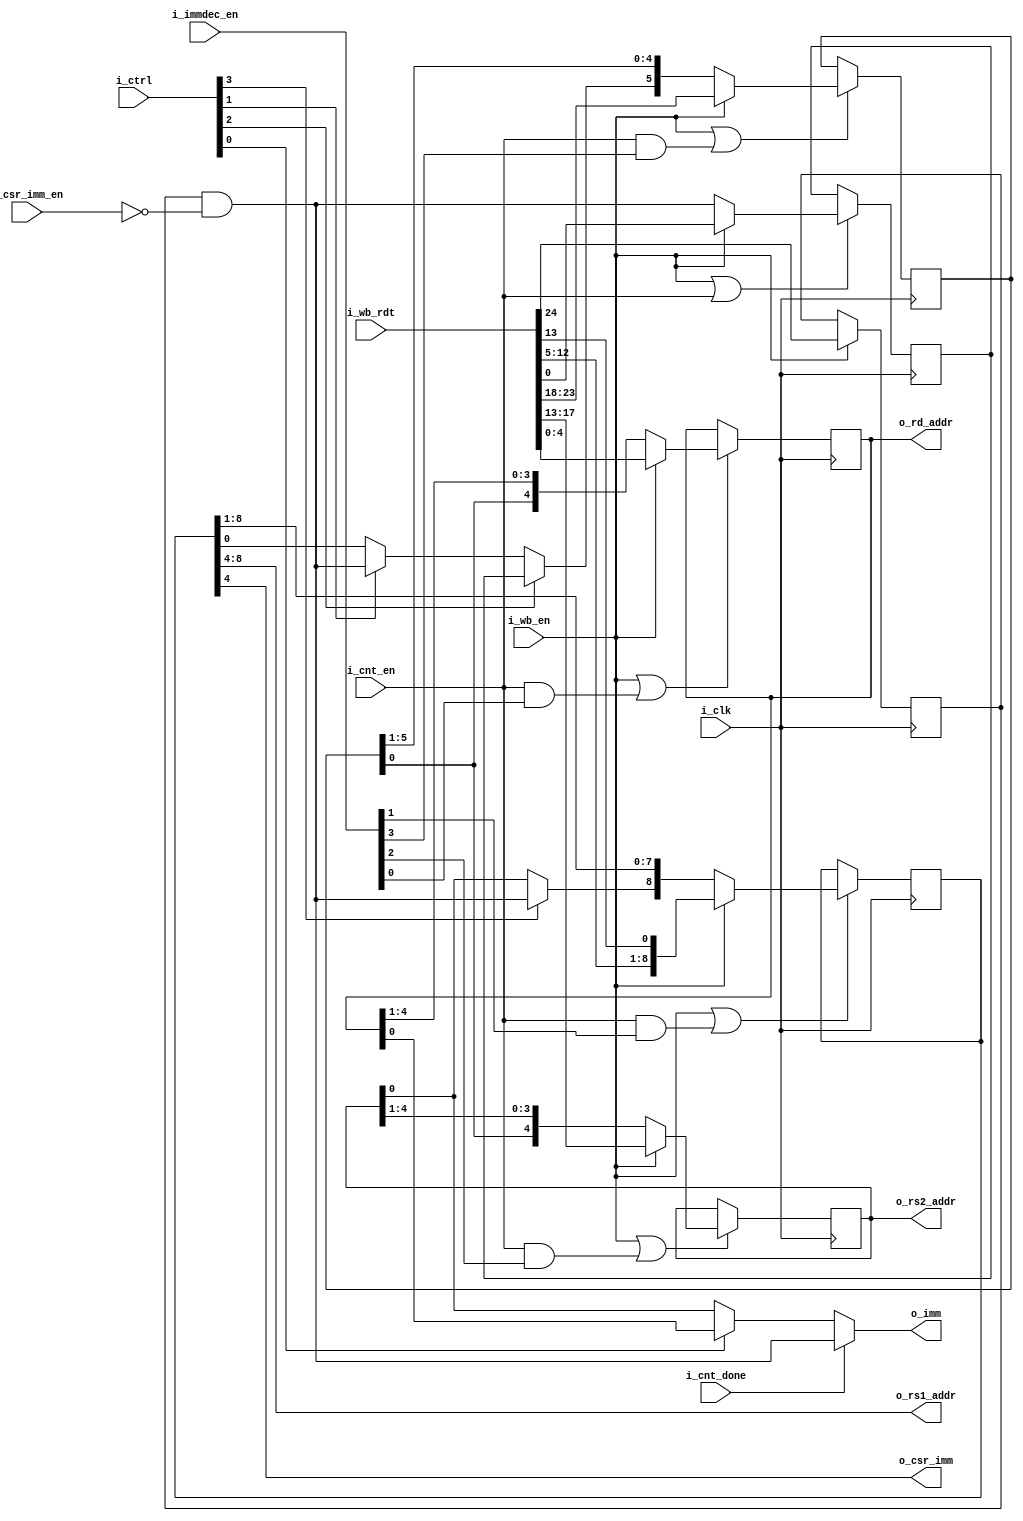
// This program was cloned from: https://github.com/olofk/tt07test
// License: Apache License 2.0

`default_nettype none
module serv_immdec
  #(parameter SHARED_RFADDR_IMM_REGS = 1)
  (
   input wire 	     i_clk,
   //State
   input wire 	     i_cnt_en,
   input wire 	     i_cnt_done,
   //Control
   input wire [3:0]  i_immdec_en,
   input wire 	     i_csr_imm_en,
   input wire [3:0]  i_ctrl,
   output wire [4:0] o_rd_addr,
   output wire [4:0] o_rs1_addr,
   output wire [4:0] o_rs2_addr,
   //Data
   output wire 	     o_csr_imm,
   output wire 	     o_imm,
   //External
   input wire 	     i_wb_en,
   input wire [31:7] i_wb_rdt);

   reg 		     imm31;

   reg [8:0]  imm19_12_20;
   reg 	      imm7;
   reg [5:0]  imm30_25;
   reg [4:0]  imm24_20;
   reg [4:0]  imm11_7;

   assign o_csr_imm = imm19_12_20[4];

   wire       signbit = imm31 & !i_csr_imm_en;

   generate
      if (SHARED_RFADDR_IMM_REGS) begin : gen_shared_imm_regs
	 assign o_rs1_addr = imm19_12_20[8:4];
	 assign o_rs2_addr = imm24_20;
	 assign o_rd_addr  = imm11_7;

	 always @(posedge i_clk) begin
	    if (i_wb_en) begin
	       /* CSR immediates are always zero-extended, hence clear the signbit */
	       imm31     <= i_wb_rdt[31];
	    end
	    if (i_wb_en | (i_cnt_en & i_immdec_en[1]))
	      imm19_12_20 <= i_wb_en ? {i_wb_rdt[19:12],i_wb_rdt[20]} : {i_ctrl[3] ? signbit : imm24_20[0], imm19_12_20[8:1]};
	    if (i_wb_en | (i_cnt_en))
	      imm7        <= i_wb_en ? i_wb_rdt[7]                    : signbit;

	    if (i_wb_en | (i_cnt_en & i_immdec_en[3]))
	      imm30_25    <= i_wb_en ? i_wb_rdt[30:25] : {i_ctrl[2] ? imm7 : i_ctrl[1] ? signbit : imm19_12_20[0], imm30_25[5:1]};

	    if (i_wb_en | (i_cnt_en & i_immdec_en[2]))
	      imm24_20    <= i_wb_en ? i_wb_rdt[24:20] : {imm30_25[0], imm24_20[4:1]};

	    if (i_wb_en | (i_cnt_en & i_immdec_en[0]))
	      imm11_7     <= i_wb_en ? i_wb_rdt[11:7] : {imm30_25[0], imm11_7[4:1]};
	 end
      end else begin : gen_separate_imm_regs
	 reg [4:0]  rd_addr;
	 reg [4:0]  rs1_addr;
	 reg [4:0]  rs2_addr;

	 assign o_rd_addr  = rd_addr;
	 assign o_rs1_addr = rs1_addr;
	 assign o_rs2_addr = rs2_addr;
	 always @(posedge i_clk) begin
	    if (i_wb_en) begin
	       /* CSR immediates are always zero-extended, hence clear the signbit */
	       imm31       <= i_wb_rdt[31];
	       imm19_12_20 <= {i_wb_rdt[19:12],i_wb_rdt[20]};
	       imm7        <= i_wb_rdt[7];
	       imm30_25    <= i_wb_rdt[30:25];
	       imm24_20    <= i_wb_rdt[24:20];
	       imm11_7     <= i_wb_rdt[11:7];

               rd_addr  <= i_wb_rdt[11:7];
               rs1_addr <= i_wb_rdt[19:15];
               rs2_addr <= i_wb_rdt[24:20];
	    end
	    if (i_cnt_en) begin
	       imm19_12_20 <= {i_ctrl[3] ? signbit : imm24_20[0], imm19_12_20[8:1]};
	       imm7        <= signbit;
	       imm30_25    <= {i_ctrl[2] ? imm7 : i_ctrl[1] ? signbit : imm19_12_20[0], imm30_25[5:1]};
	       imm24_20    <= {imm30_25[0], imm24_20[4:1]};
	       imm11_7     <= {imm30_25[0], imm11_7[4:1]};
	    end
	 end
      end
   endgenerate

	 assign o_imm = i_cnt_done ? signbit : i_ctrl[0] ? imm11_7[0] : imm24_20[0];

endmodule